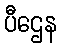
ပီဌေန